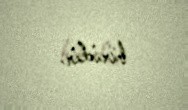
biridir.